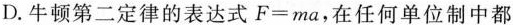
D.牛顿第二定律的表达式$$F = m a$$，在任何单位制中都